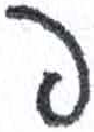
אות: פ